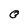
Character: O